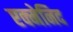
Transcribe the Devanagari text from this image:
एक्मेनिद